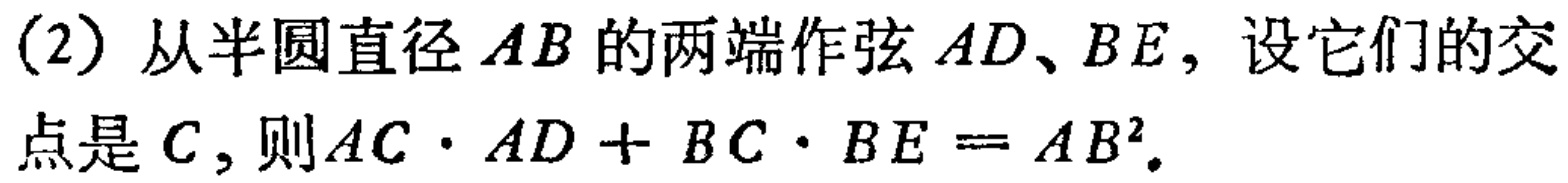
(2) 从半圆直径 \(AB\) 的两端作弦 \(AD、BE\)，设它们的交点是 \(C\)，则 \(AC\cdot AD + BC\cdot BE = AB^{2}\)。